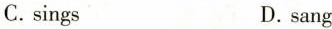
C.sings D.sang